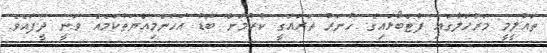
ތައުލީމީ މަރުހަލާގައި ފުޓްބޯޅައިގެ ހުނަރު ތަރައްގީ ކުރުމަށް ބޮޑު އަހަންމިއްޔަތުކަމެއް ވަނީ ދީފައެވެ.